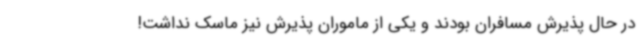
در حال پذیرش مسافران بودند و یکی از ماموران پذیرش نیز ماسک نداشت!